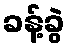
ခန့်ခွဲ